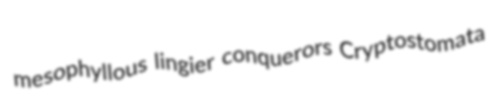
mesophyllous lingier conquerors Cryptostomata